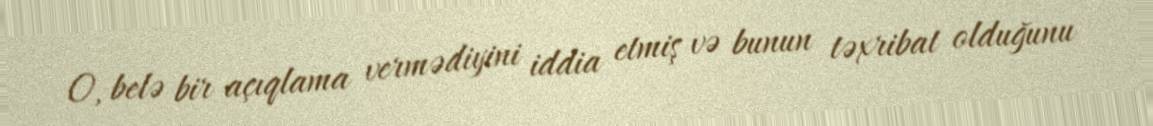
O, belə bir açıqlama vermədiyini iddia etmiş və bunun təxribat olduğunu